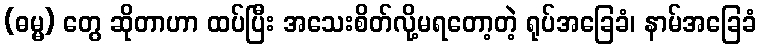
(ဓမ္မ) တွေ ဆိုတာဟာ ထပ်ပြီး အသေးစိတ်လို့မရတော့တဲ့ ရုပ်အခြေခံ၊ နာမ်အခြေခံ